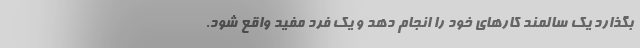
بگذارد یک سالمند کارهای خود را انجام دهد و یک فرد مفید واقع شود.